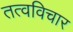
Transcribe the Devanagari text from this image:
तत्वविचार